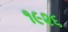
૧૯૨૬